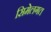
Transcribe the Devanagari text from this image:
सिमेलगत